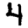
Digit: 4